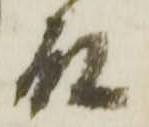
殿